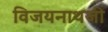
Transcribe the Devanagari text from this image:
विजयनाथजी